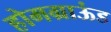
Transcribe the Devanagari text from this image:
होमग्राऊंड